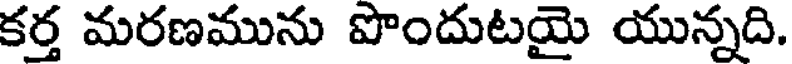
కర్త మరణమును పొందుటయై యున్నది.